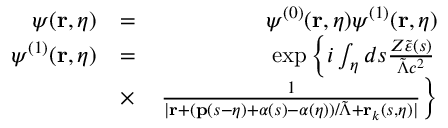
\begin{array} { r l r } { \psi ( \mathbf { r } , \eta ) } & { = } & { \psi ^ { ( 0 ) } ( \mathbf { r } , \eta ) \psi ^ { ( 1 ) } ( \mathbf { r } , \eta ) } \\ { \psi ^ { ( 1 ) } ( \mathbf { r } , \eta ) } & { = } & { \exp \left\{ i \int _ { \eta } d s \frac { Z \tilde { \varepsilon } ( s ) } { \tilde { \Lambda } c ^ { 2 } } \right. } \\ & { \times } & { \left. \frac { 1 } { | \mathbf { r } + ( \mathbf { p } ( s - \eta ) + \boldsymbol { \alpha } ( s ) - \boldsymbol { \alpha } ( \eta ) ) / \tilde { \Lambda } + \mathbf { r } _ { k } ( s , \eta ) | } \right\} } \end{array}